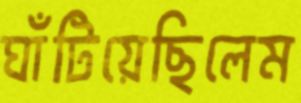
ঘাঁটিয়েছিলেম